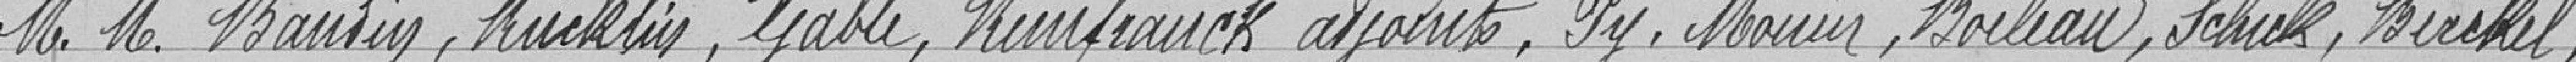
M. M. Bausin, Kücklin, Gable, Kinfranck adjoints, Py, Mouier, Boileau, Schick, Birckel,